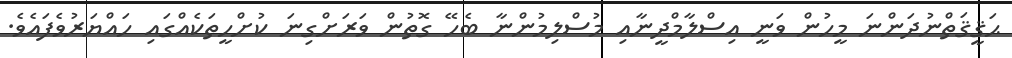
ޙަޤީޤަތްނުދަންނަ މީހުން ވަނީ އިސްލާމްދީނާއި މުސްލިމުންނާ ބެހޭ ގޮތުން ވަރަށްގިނަ ކުށްހީތަކެއްގައި ހައްޔަރުވެފައެވެ.